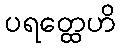
ပရတ္ထေဟိ